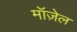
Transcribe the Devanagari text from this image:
मॉज़ेल